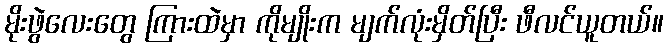
မိုးဖွဲလေးတွေ ကြားထဲမှာ ကိုမျိုးက မျက်လုံးမှိတ်ပြီး ဖီလင်ယူတယ်။